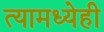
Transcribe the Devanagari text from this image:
त्यामध्येही